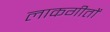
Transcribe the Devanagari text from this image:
लाकगीतों